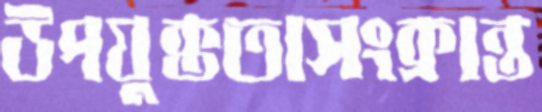
উপযুক্ততাসংক্রান্ত